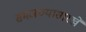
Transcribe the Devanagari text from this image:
समजण्यासारखे